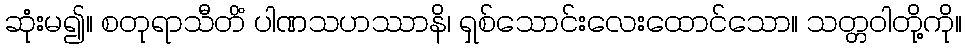
ဆုံးမ၍။ စတုရာသီတိံ ပါဏသဟဿာနိ၊ ရှစ်သောင်းလေးထောင်သော။ သတ္တဝါတို့ကို။